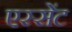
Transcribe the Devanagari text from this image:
एस्सेंट